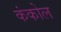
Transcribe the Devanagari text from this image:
कंकोल